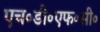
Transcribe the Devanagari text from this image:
एच॰डी॰एफ॰सी॰